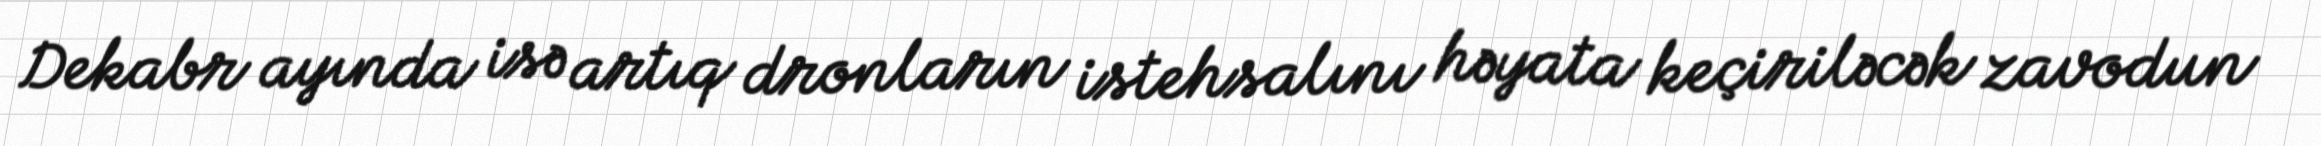
Dekabr ayında isə artıq dronların istehsalını həyata keçiriləcək zavodun